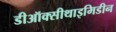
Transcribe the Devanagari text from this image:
डीऑक्सीथाइमिडीन